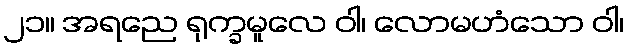
၂၁။ အရညေ ရုက္ခမူလေ ဝါ၊ လောမဟံသော ဝါ၊